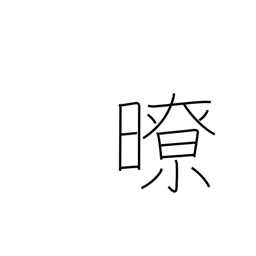
Meaning: clear